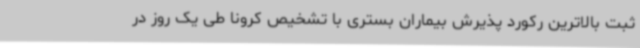
ثبت بالاترین رکورد پذیرش بیماران بستری با تشخیص کرونا طی یک روز در